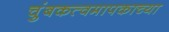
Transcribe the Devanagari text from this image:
चुंबकत्वमापकाच्या